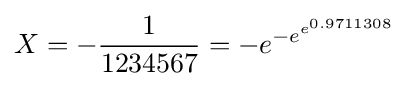
X=-{\dfrac {1}{1234567}}=-e^{-e^{e^{0.9711308}}}